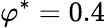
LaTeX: \varphi^{*}=0.4